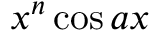
x ^ { n } \cos { a x }